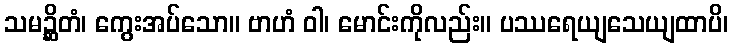
သမဉ္ဆိတံ၊ ကွေးအပ်သော။ ဗာဟံ ဝါ၊ မောင်းကိုလည်း။ ပဿရေယျသေယျထာပိ၊